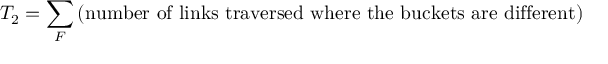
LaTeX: T _ { 2 } = \sum _ { F } { \mathrm { ( n u m b e r ~ o f ~ l i n k s ~ t r a v e r s e d ~ w h e r e ~ t h e ~ b u c k e t s ~ a r e ~ d i f f e r e n t ) } }